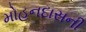
મોહનદાસની